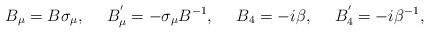
LaTeX: \begin{align*}B_{\mu} = B \sigma_{\mu}, ~~~~ B_{\mu}^{'} = - \sigma_{\mu} B^{-1}, ~~~~B_{4} = -i\beta,~~~~ B_{4}^{'} = -i\beta^{-1},\end{align*}